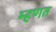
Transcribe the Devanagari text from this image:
म्‍हणत